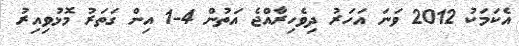
އެކަމަކު 2012 ވަނަ އަހަރު ދިވެހިރާއްޖެ އަތުން 4-1 އިން ގަތަރު މޮޅުވިއިރު